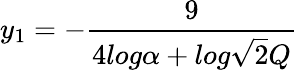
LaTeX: y_{1}=-\frac{9}{4log\alpha+log\sqrt{2}Q}